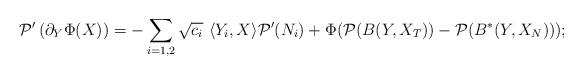
\begin{align*}\mathcal{P}'\left(\partial_Y\Phi(X)\right)=-\sum_{i=1,2}\sqrt{c_i}\ \langle Y_i,X\rangle \mathcal{P}'(N_i)+\Phi(\mathcal{P}(B(Y,X_T))-\mathcal{P}(B^*(Y,X_N)));\end{align*}